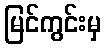
မြင်ကွင်းမှ